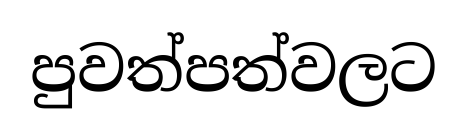
පුවත්පත්වලට